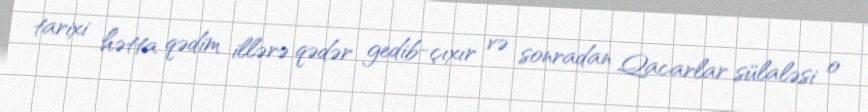
tarixi hətta qədim illərə qədər gedib-çıxır və sonradan Qacarlar sülaləsi o